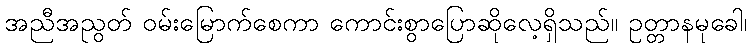
အညီအညွတ် ဝမ်းမြောက်စေကာ ကောင်းစွာပြောဆိုလေ့ရှိသည်။ ဥတ္တာနမုခေါ၊